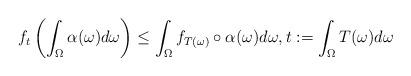
LaTeX: \begin{align*} f_t \left( \int_{\Omega}^{} \alpha (\omega) d \omega \right) \leq \int_{\Omega}^{} f_{T (\omega)} \circ \alpha (\omega) d \omega, t := \int_{\Omega}^{} T (\omega) d \omega \end{align*}